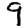
Digit: 9